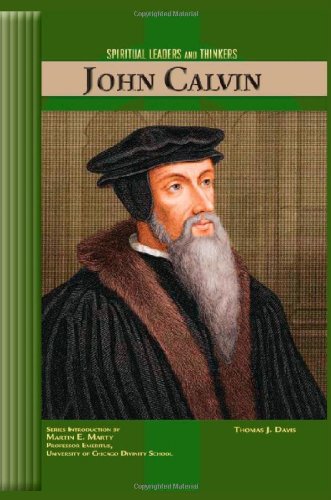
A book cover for John Calvin (Spiritual Leaders and Thinkers); Thomas J. Davis; Teen & Young Adult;